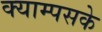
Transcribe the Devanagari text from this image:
क्याम्पसके